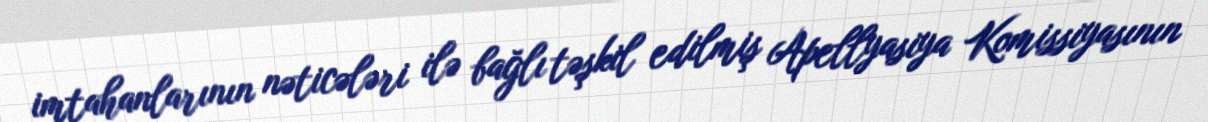
imtahanlarının nəticələri ilə bağlı təşkil edilmiş Apellyasiya Komissiyasının